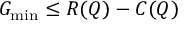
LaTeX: G _ { \operatorname* { m i n } } \leq R ( Q ) - C ( Q )